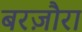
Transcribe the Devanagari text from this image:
बरज़ौरा